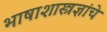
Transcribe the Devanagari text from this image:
भाषाशास्त्रज्ञांचे